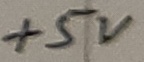
Text: +5V